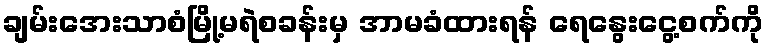
ချမ်းအေးသာစံမြို့မရဲစခန်းမှ အာမခံထားရန် ရေနွေးငွေ့စက်ကို